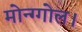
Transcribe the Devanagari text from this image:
मोन्ग्गोल।